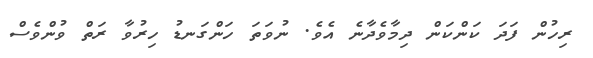
ރިހުން ފަދަ ކަންކަން ދިމާވެދާނެ އެވެ. ނުވަތަ ހަންގަނޑު ހިރުވާ ރަތް ވުންވެސް